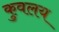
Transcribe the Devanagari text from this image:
कुवलय